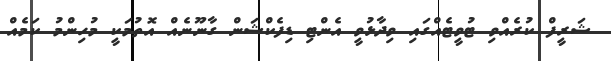
ޝަރީފް ކުރެއްވި ޓުވީޓެއްގައި ވިދާޅުވީ އެންޓި ޑިފެކްޝަން ގާނޫނެއް އޮތުމަކީ މުހިންމު ކަމެއް